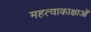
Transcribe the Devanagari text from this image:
महत्वाकाक्षाओं